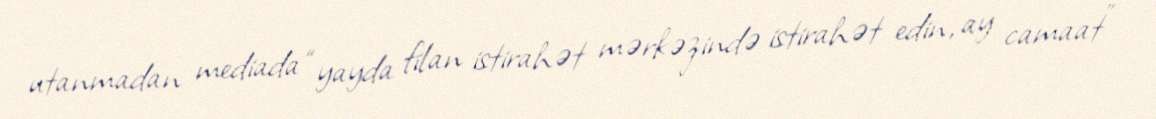
utanmadan mediada “yayda filan istirahət mərkəzində istirahət edin, ay camaat”